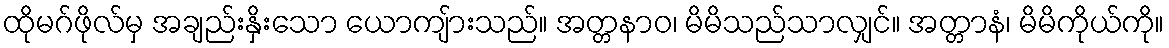
ထိုမဂ်ဖိုလ်မှ အချည်းနှိးသော ယောကျ်ားသည်။ အတ္တနာဝ၊ မိမိသည်သာလျှင်။ အတ္တာနံ၊ မိမိကိုယ်ကို။